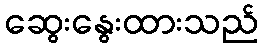
ဆွေးနွေးထားသည်